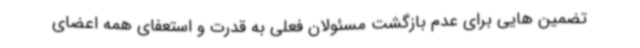
تضمین هایی برای عدم بازگشت مسئولان فعلی به قدرت و استعفای همه اعضای